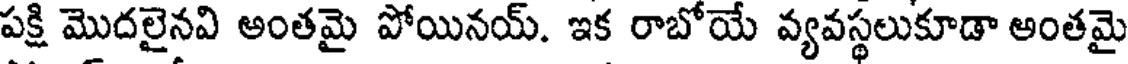
పక్షి మొదలైనవి అంతమై పోయినయ్. ఇక రాబోయే వ్యవస్థలుకూడా అంతమై